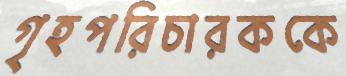
গৃহপরিচারককে